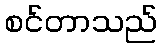
စင်တာသည်